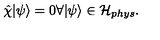
{ \hat { \chi } } | \psi \rangle = 0 \forall | \psi \rangle \in { \mathcal H } _ { p h y s } .